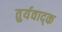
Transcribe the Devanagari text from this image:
तुर्यवाद्क